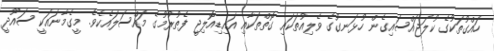
ހައްގުތަކުގެ ކުލަޖައްސައިގެން ހުޅަނގުގެ ވެލިއުތަކައި ގޮތްތަކާއި އައިޑިއޮލިޖީ ފެތުރުމުގެ މައްސަލައެކެވެ. މީގެމާނައަކީ ސައޫދީ